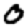
Digit: 0